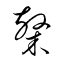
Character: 隷